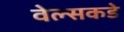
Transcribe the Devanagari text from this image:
वेल्सकडे